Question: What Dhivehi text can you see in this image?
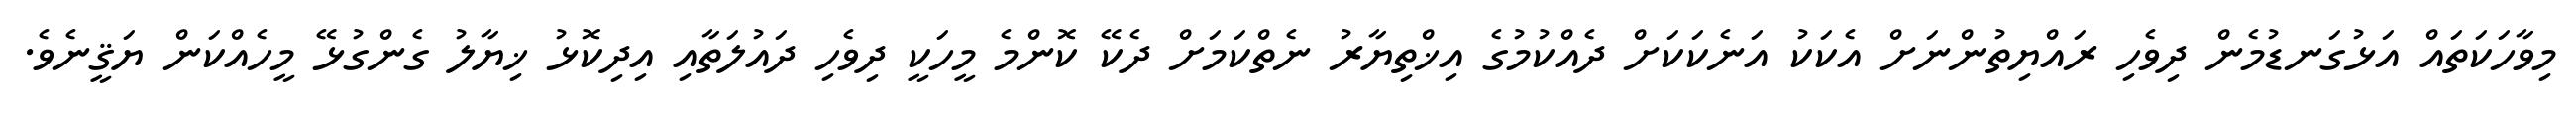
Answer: މިވާހަކަތައް އަޅުގަނޑުމެން ދިވެހި ރައްޔިތުންނަށް އެކަކު އަނެކަކަށް ދެއްކުމުގެ އިޚްތިޔާރު ނެތްކަމަށް ދެކޭ ކޮންމެ މީހަކީ ދިވެހި ދައުލަތާއި އިދިކޮޅު ޚިޔާލު ގެންގުޅޭ މީހެއްކަން ޔަޤީނެވެ.